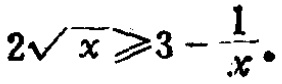
\(2\sqrt{x}\geqslant3 - \frac{1}{x}\)